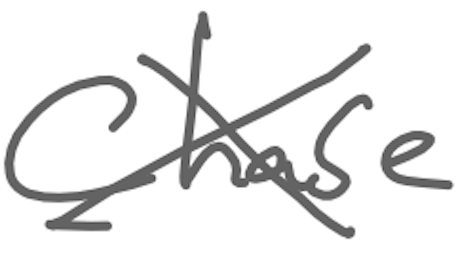
Text: Chase
Cross-out: cross
Writing tool: digital_gray